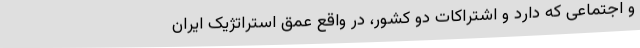
و اجتماعی که دارد و اشتراکات دو کشور، در واقع عمق استراتژیک ایران